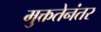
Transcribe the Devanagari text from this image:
मुक्ततेनंतर